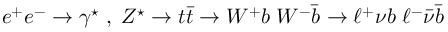
e ^ { + } e ^ { - } \to \gamma ^ { \star } \; , \; Z ^ { \star } \to t \bar { t } \to W ^ { + } b \; W ^ { - } \bar { b } \to \ell ^ { + } \nu b \; \ell ^ { - } \bar { \nu } \bar { b }